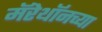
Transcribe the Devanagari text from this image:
मॅरेथॉनच्या